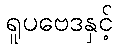
ရူပဗေဒနှင့်